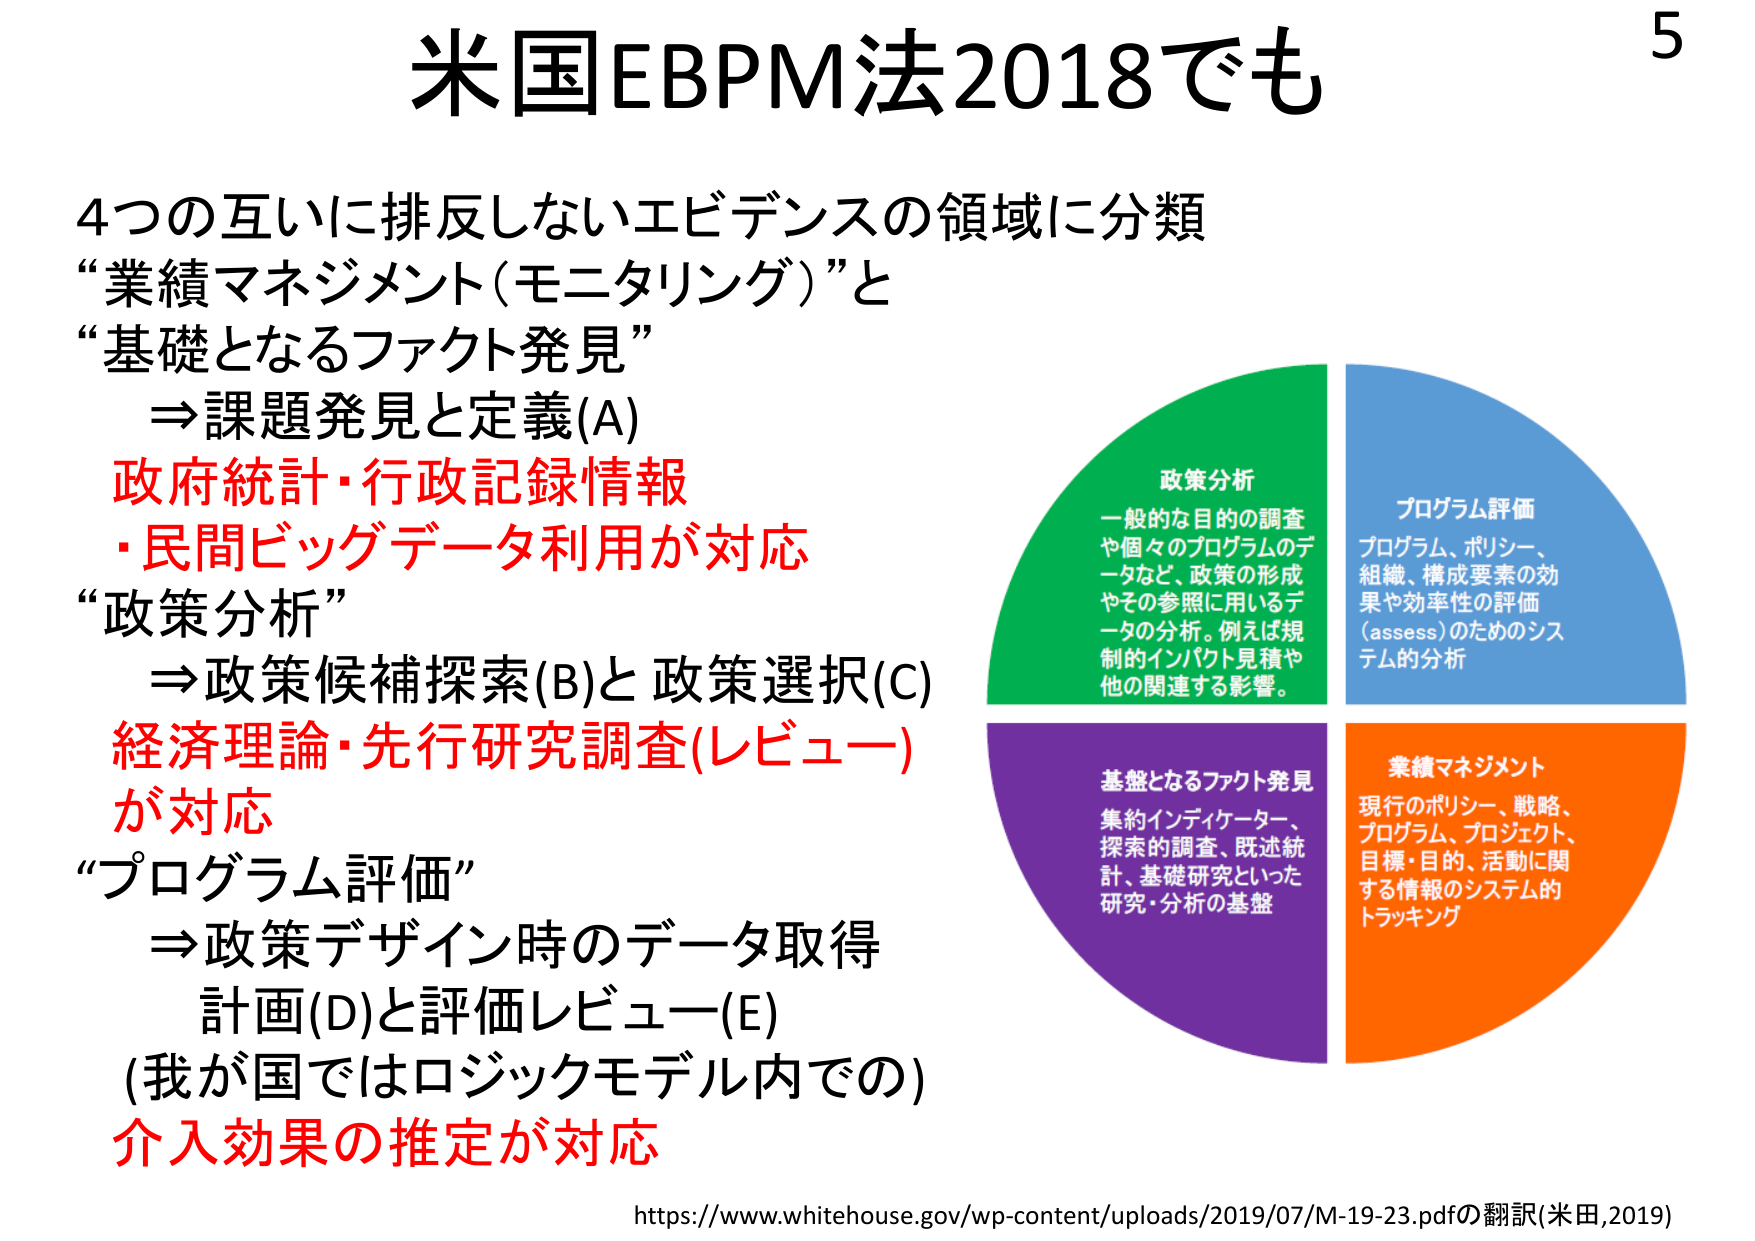
米国EBPM法2018でも

4つの互いに排反しないエビデンスの領域に分類
“業績マネジメント（モニタリング）”と
“基礎となるファクト発見”
⇒課題発見と定義(A)
政府統計・行政記録情報
・民間ビッグデータ利用が対応
“政策分析”
⇒政策候補探索(B)と政策選択(C)
経済理論・先行研究調査(レビュー)
が対応
“プログラム評価”
⇒政策デザイン時のデータ取得
計画(D)と評価レビュー(E)
(我が国ではロジックモデル内での)
介入効果の推定が対応

政策分析
一般的な目的の調査
や個々のプログラムのデータなど、政策の形成
やその参照に用いるデータの分析。例えば規制的インパクト見積や
他の関連する影響。

プログラム評価
プログラム、ポリシー、
組織、構成要素の効果や効率性の評価
（assess）のためのシステム的分析

基礎となるファクト発見
集約インディケーター、
探索的調査、既述統計、基礎研究といった
研究・分析の基盤

業績マネジメント
現行のポリシー、戦略、
プログラム、プロジェクト、
目標・目的、活動に関する情報のシステム的
トラッキング

https://www.whitehouse.gov/wp-content/uploads/2019/07/M-19-23.pdfの翻訳(米田,2019)

5